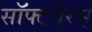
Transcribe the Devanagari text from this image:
सॉफ्टवेरस्